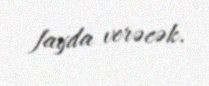
fayda verəcək.